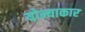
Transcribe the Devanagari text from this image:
योन्याकार